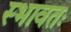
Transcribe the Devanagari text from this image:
स्भावतः